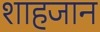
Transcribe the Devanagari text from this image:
शाहजान